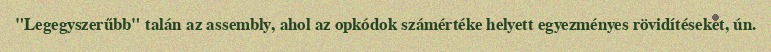
"Legegyszerűbb" talán az assembly, ahol az opkódok számértéke helyett egyezményes rövidítéseket, ún.